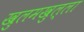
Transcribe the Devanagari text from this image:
खुलमखुल्ला